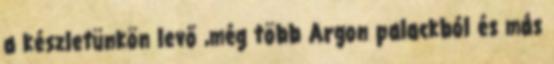
a készletünkön levő ,még több Argon palackból és más